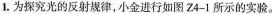
1.为探究光的反射规律，小金进行如图Z4-1所示的实验。